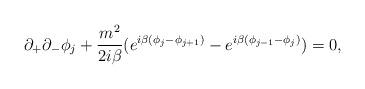
LaTeX: \begin{align*}\partial_{+}\partial_{-}\phi_{j} +\frac{m\sp{2}}{2i\beta}(e\sp{i\beta(\phi_{j}-\phi_{j+1})}-e\sp{i\beta(\phi_{j-1}-\phi_{j})})=0, \end{align*}